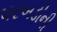
પરબડીની